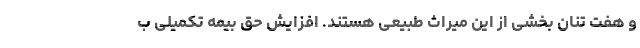
و هفت تنان بخشی از این میراث طبیعی هستند. افزایش حق بیمه تکمیلی ب